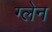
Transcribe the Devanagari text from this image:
ग्‍लेन